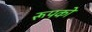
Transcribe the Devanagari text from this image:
रूपको